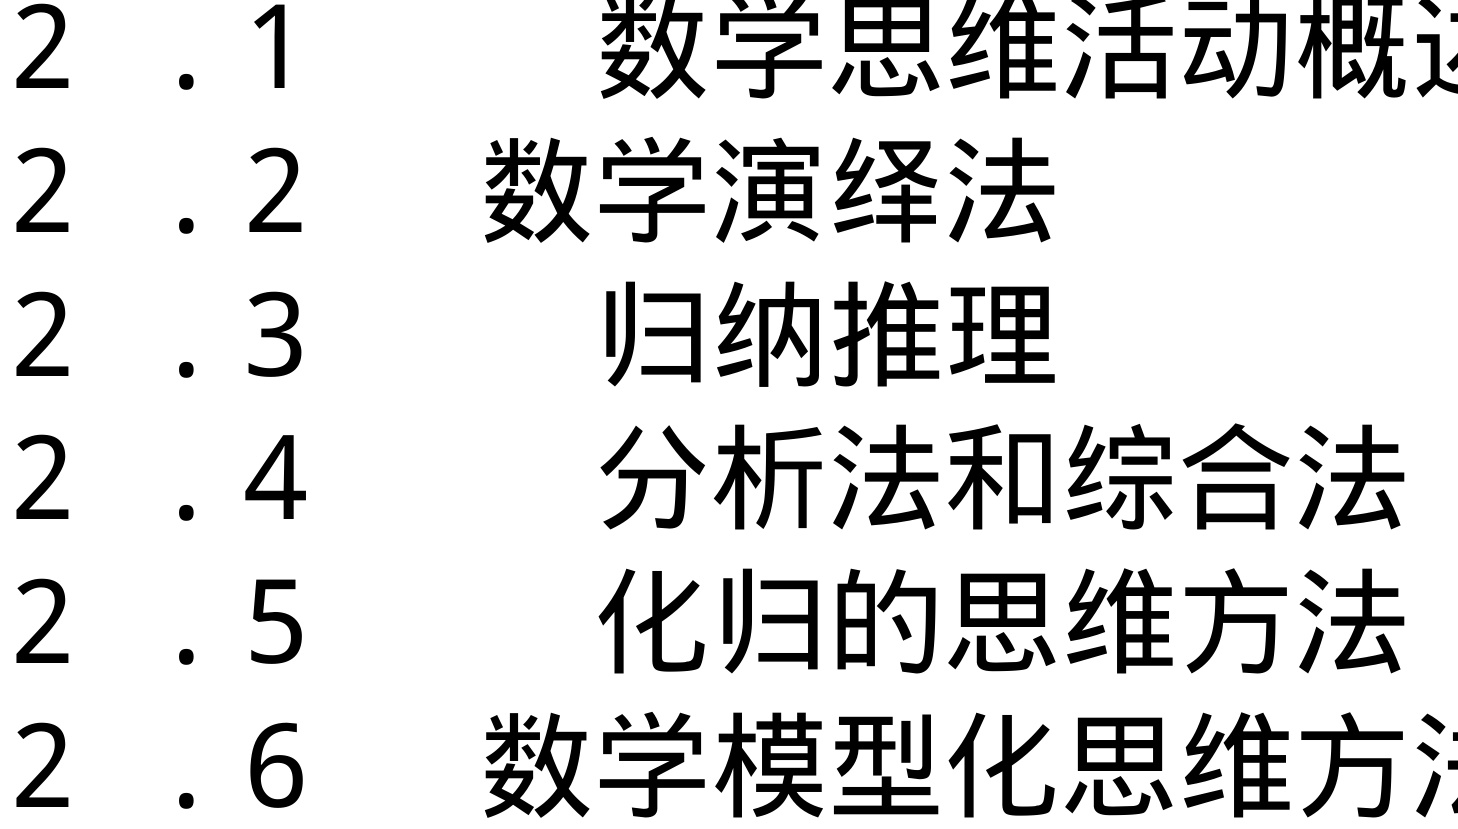
\begin{enumerate}
\item 数学思维活动概述
\item 数学演绎法
\item 归纳推理
\item 分析法和综合法
\item 化归的思维方法
\item 数学模型化思维方法
\end{enumerate}